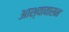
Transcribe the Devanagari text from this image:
आश्वावासन